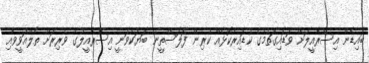
ބައިޑެން އިސްރާއީލަށް ވަޑައިގަތުމުގެ ކުޑައިރުކޮޅެއް ކުރިން ފަލަސްތީނު ބަޔަކުވަނީ އިސްރާއީލުގެ ވެރިރަށް ތެލްއަވީވާއި